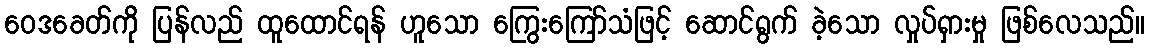
ဝေဒခေတ်ကို ပြန်လည် ထူထောင်ရန် ဟူသော ကြွေးကြော်သံဖြင့် ဆောင်ရွက် ခဲ့သော လှုပ်ရှားမှု ဖြစ်လေသည်။